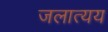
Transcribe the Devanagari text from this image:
जलात्यय